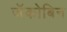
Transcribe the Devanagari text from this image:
जॅकोबिन